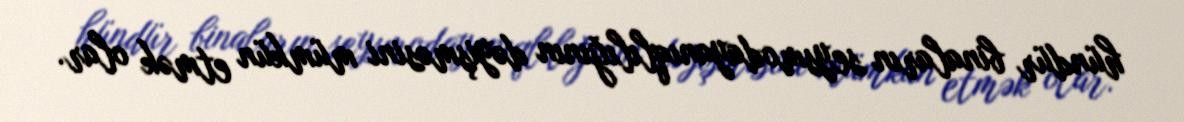
hündür binaların seysmodayanıqlılığının dəyişməsini mümkün etmək olar.